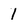
Character: 1